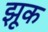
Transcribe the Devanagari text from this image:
झूक